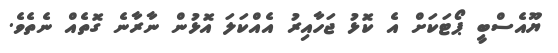
ޔޫއެސްބީ ޕޯޓަކަށް އެ ކޮޅު ޖަހާއިރު އެއްކަލަ އޮޅުން ނާރާނެ ގޮތެއް ނެތެވެ.